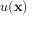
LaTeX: u ( \mathbf { x } )